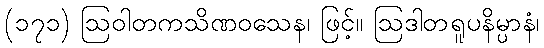
(၁၇၁) ဩဝါတကသိဏဝသေန၊ ဖြင့်။ ဩဒါတရူပနိမ္ပာနံ၊